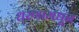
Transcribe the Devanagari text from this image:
धरणामधून